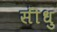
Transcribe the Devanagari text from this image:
सींधु